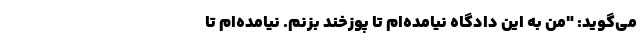
می‌گوید: "من به این دادگاه نیامده‌ام تا پوزخند بزنم. نیامده‌ام تا